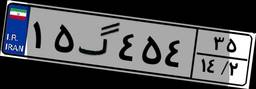
۱۵گ۴۵۴۳۵